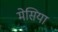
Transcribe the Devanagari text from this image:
मेसिया